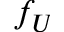
f _ { U }